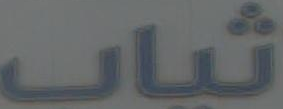
ثياب